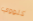
كلووي